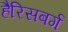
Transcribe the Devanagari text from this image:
हैरिसबर्ग